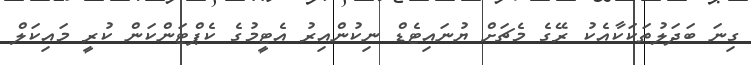
ގިނަ ބަދަލުތަކަކާއެކު ރޭގެ މެޗަށް ޔުނައިޓެޑް ނިކުންއިރު އެޓީމުގެ ކެޕްޓަންކަން ކުރީ މައިކަލް